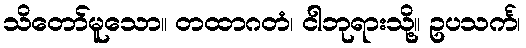
သိတော်မူသော။ တထာဂတံ၊ ငါဘုရားသို့။ ဥပသင်္က၊